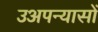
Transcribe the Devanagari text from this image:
उअपन्यासों